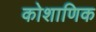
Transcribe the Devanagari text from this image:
कोशाणिक